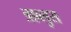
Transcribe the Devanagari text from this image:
त्राब्लुस